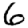
Digit: 6